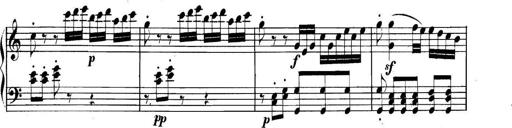
Title: Collected Piano Sonatas
Composer: Muzio Clementi